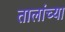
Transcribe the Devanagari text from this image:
तालांच्या